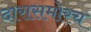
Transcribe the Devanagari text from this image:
दारासमोरच